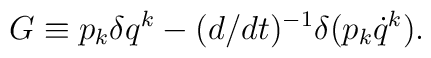
G \equiv p_k \delta q^k - (d/dt)^{-1}\delta(p_k \dot{q}^k).